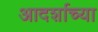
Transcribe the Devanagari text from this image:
आदर्शाच्‍या